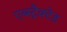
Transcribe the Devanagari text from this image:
एब्स्ट्रैक्टेड